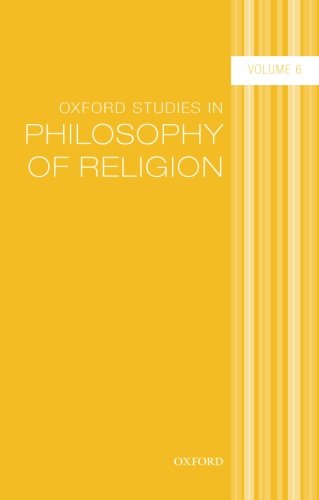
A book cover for Oxford Studies in Philosophy of Religion Volume 6; Religion & Spirituality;